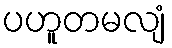
ပဟူတမလျံ